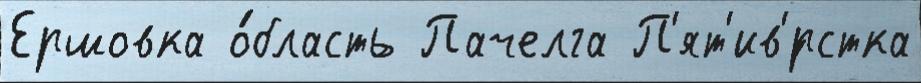
Ершовка о́бласть Пачелга П'ят'ив'́рстка